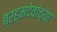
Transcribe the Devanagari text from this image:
ब्रह्मदेवांच्या